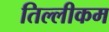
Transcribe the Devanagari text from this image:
तिल्लीकम